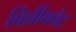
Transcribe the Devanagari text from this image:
विन्नीकोट